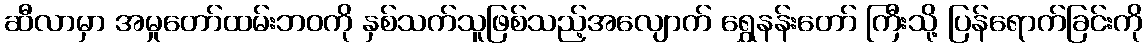
ဆီလာမှာ အမှုတော်ထမ်းဘဝကို နှစ်သက်သူဖြစ်သည့်အလျောက် ရွှေနန်းတော် ကြီးသို့ ပြန်ရောက်ခြင်းကို